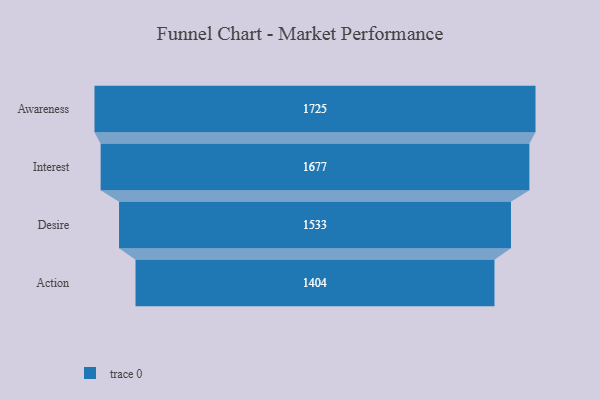
{"axis": {"x": "Stage", "y": "Value"}, "legend": [""], "data": [{"x": "Awareness", "y": 1725.0, "type": ""}, {"x": "Interest", "y": 1677.0, "type": ""}, {"x": "Desire", "y": 1533.0, "type": ""}, {"x": "Action", "y": 1404.0, "type": ""}]}